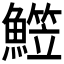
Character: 𩻒